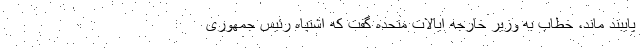
پایبند ماند، خطاب به وزیر خارجه ایالات متحده گفت که اشتباه رئیس جمهوری